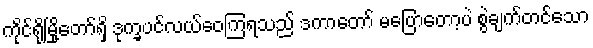
ကိုင်ရိုမြို့တော်ရှိ ဒုက္ခပင်လယ်ဝေကြရသည် ဒကာတော် မပြောတော့ပဲ စွဲချက်တင်သော